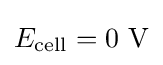
E_{\text{cell}}=0\ \mathrm {V}